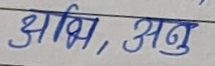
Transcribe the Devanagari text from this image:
अभि, अनु